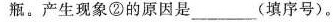
瓶。产生现象②的原因是______(填序号)。